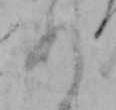
あ